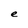
Character: e